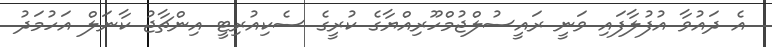
އެ ދައުވާ އުފުލާފައި ވަނީ ރައީސުލްޖުމްހޫރިއްޔާގެ ކުރީގެ ސެކިއުރިޓީ އިންޗާޖު ކާނަލް އަހުމަދު